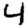
Digit: 4